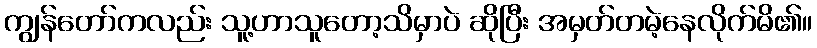
ကျွန်တော်ကလည်း သူ့ဟာသူတော့သိမှာပဲ ဆိုပြီး အမှတ်တမဲ့နေလိုက်မိ၏။